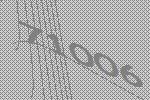
71006